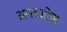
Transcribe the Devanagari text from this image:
अन्तओस